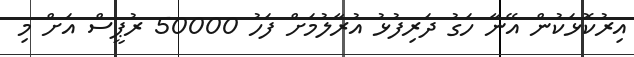
އިރުކޮޅަކުން އޭނާ ހަގު ދަރިފުޅު އުރާލުމަށް ފަހު 50000 ރުޕީސް އަށް މި